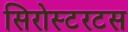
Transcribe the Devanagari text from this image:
सिरोस्टरटस